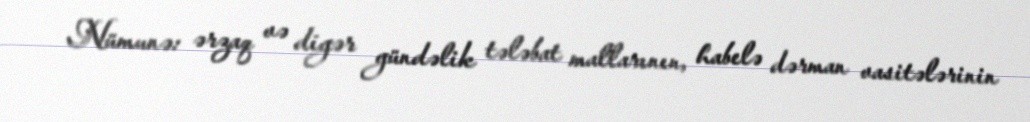
Nümunə: ərzaq və digər gündəlik tələbat mallarının, habelə dərman vasitələrinin